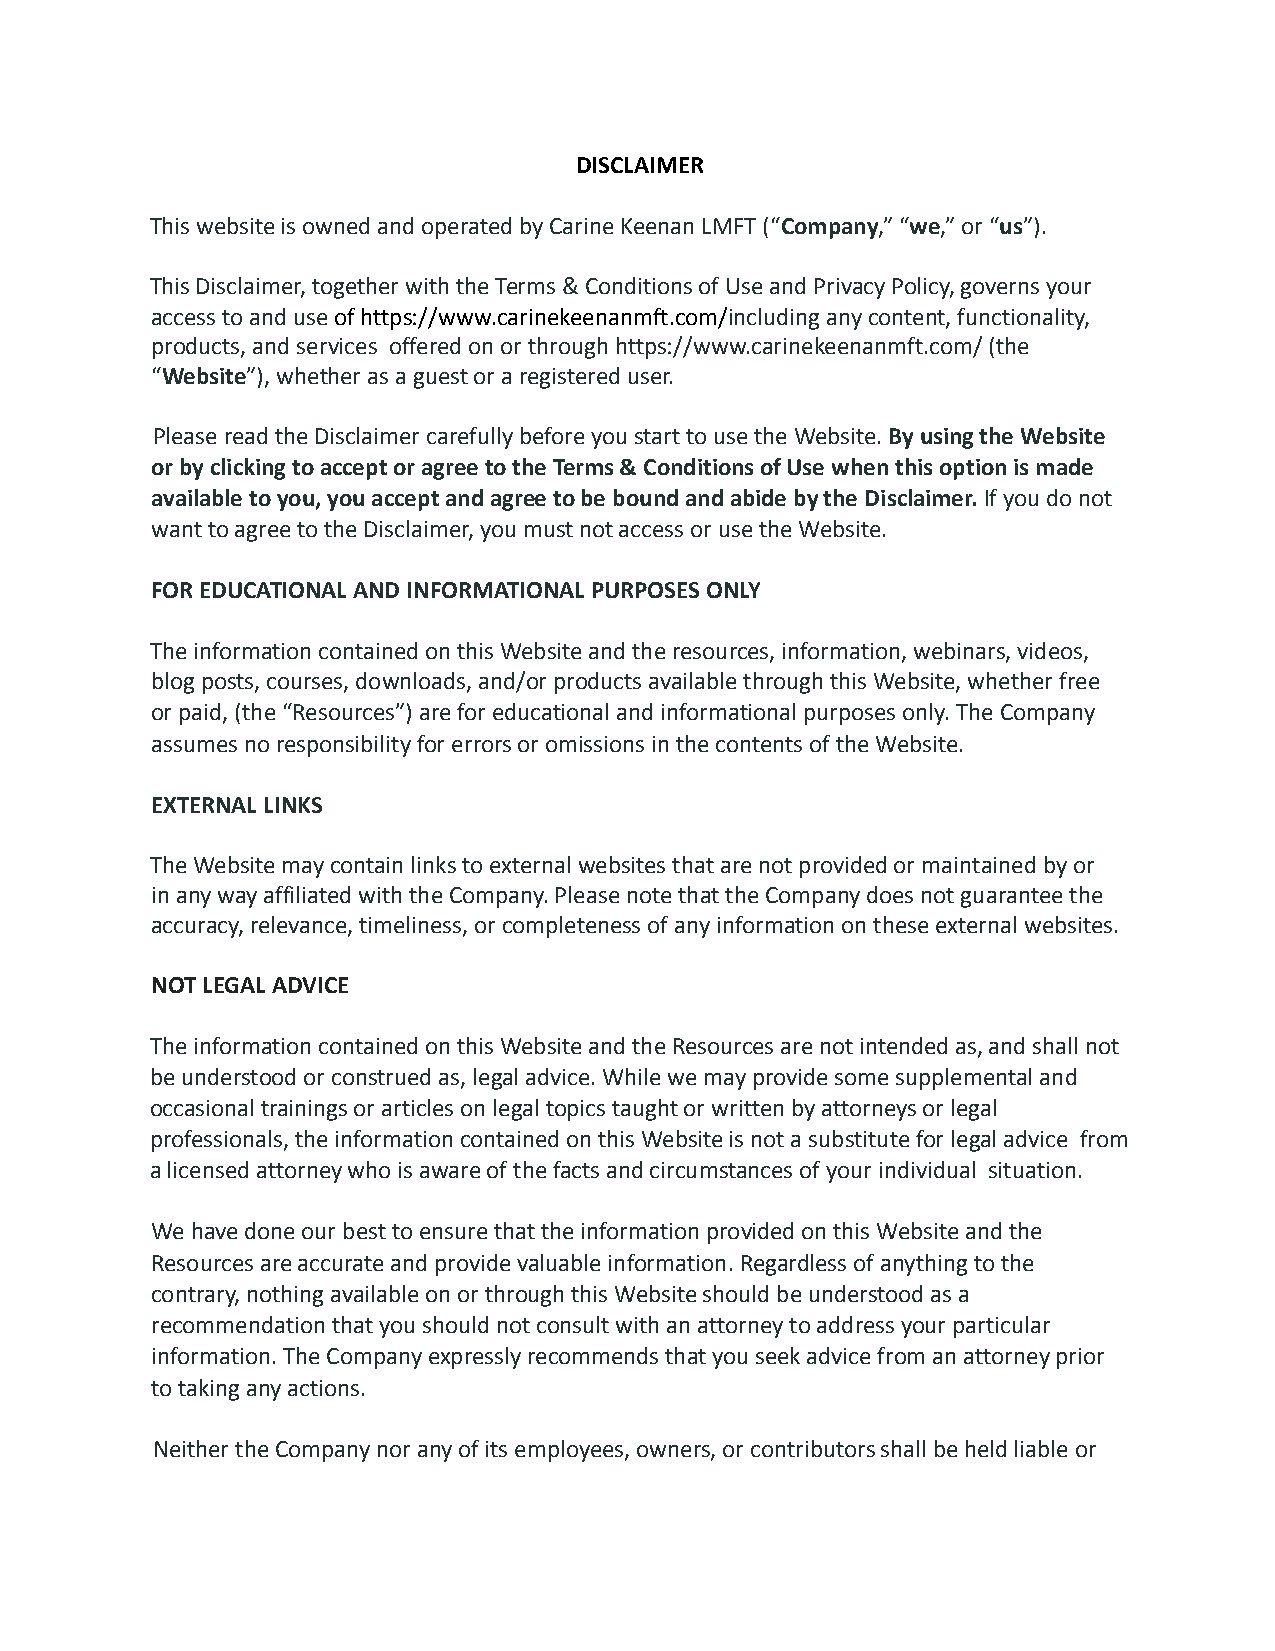
DISCLAIMER
 This website is owned and operated by Carine Keenan LMFT (“Company,” “we,” or “us”).
 This Disclaimer, together with the Terms & Conditions of Use and Privacy Policy, governs your
 access to and useofhttps://www.carinekeenanmft.com/includingany content, functionality,
 products, and services offered on or through https://www.carinekeenanmft.com/(the
 “Website”), whether as a guest or a registered user.
 Please read the Disclaimer carefully before you start to use the Website.By using the Website
 or by clicking to accept or agree to the Terms & Conditions of Use when this option is made
 available to you, you accept and agree to be bound and abide by the Disclaimer.If you do not
 want to agree to the Disclaimer, you must not access or use the Website.
 FOR EDUCATIONAL AND INFORMATIONAL PURPOSES ONLY
 The information contained on this Website and the resources, information, webinars, videos,
 blog posts, courses, downloads, and/or products available through this Website, whether free
 or paid, (the “Resources”) are for educational and informational purposes only. The Company
 assumes no responsibility for errors or omissions in the contents of the Website.
 EXTERNAL LINKS
 The Website may contain links to external websites that are not provided or maintained by or
 in any way affiliated with the Company. Please note that the Company does not guarantee the
 accuracy, relevance, timeliness, or completeness of any information on these external websites.
 NOT LEGAL ADVICE
 The information contained on this Website and the Resources are not intended as, and shall not
 be understood or construed as, legal advice. While we may provide some supplemental and
 occasional trainings or articles on legal topics taught or written by attorneys or legal
 professionals, the information contained on this Website is not a substitute for legal advice from
 a licensed attorney who is aware of the facts and circumstances of your individual situation.
 We have done our best to ensure that the information provided on this Website and the
 Resources are accurate and provide valuable information. Regardless of anything to the
 contrary, nothing available on or through this Website should be understood as a
 recommendation that you should not consult with an attorney to address your particular
 information. The Company expressly recommends that you seek advice from an attorney prior
 to taking any actions.
 Neither the Company nor any of its employees, owners, or contributors shall be held liable or